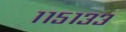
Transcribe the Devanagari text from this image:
११५१३३